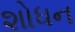
શોધન